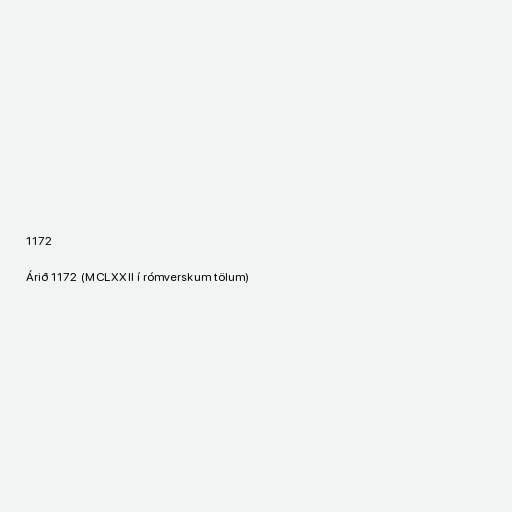
1172

Árið 1172 (MCLXXII í rómverskum tölum)